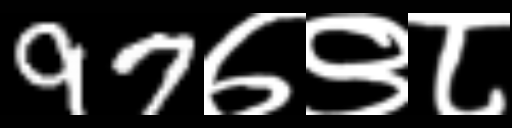
Text: 97७९८